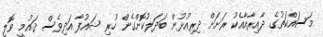
މަސައްކަތުގެ ދާއިރާއާއެކު ރަށަށް ދިރިއުޅުން ބަދަލުކޮށްގެން ހުރި ޝައުފާ އަދިވެސް ޤައުމީ ވޮލީ